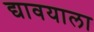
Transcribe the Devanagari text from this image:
द्यावयाला